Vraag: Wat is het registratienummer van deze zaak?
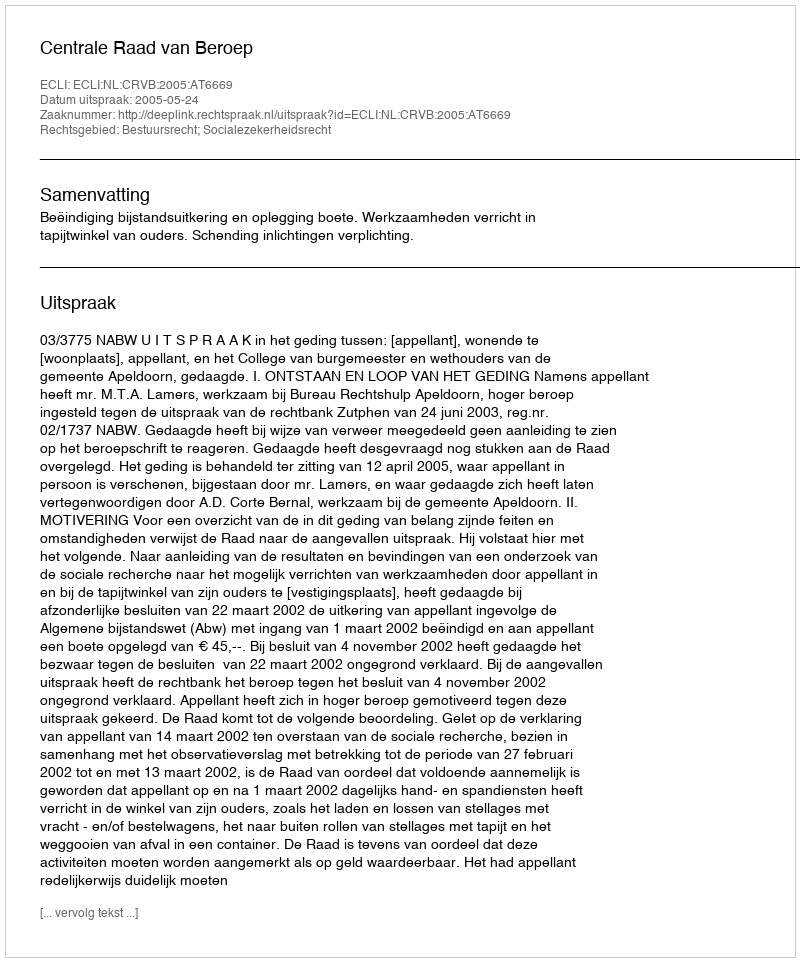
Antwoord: http://deeplink.rechtspraak.nl/uitspraak?id=ECLI:NL:CRVB:2005:AT6669